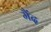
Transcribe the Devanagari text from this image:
मैंद